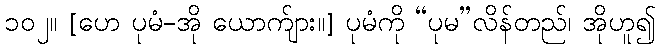
၁၀၂။ [ဟေ ပုမံ-အို ယောက်ျား။] ပုမံကို “ပုမ”လိန်တည်၊ အိုဟူ၍